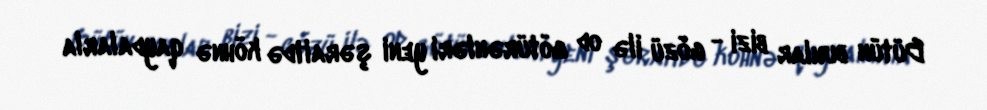
Bütün bunlar bizi - gözü ilə od götürənləri yeni şəraitdə köhnə qaydalarla